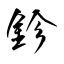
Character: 鉁